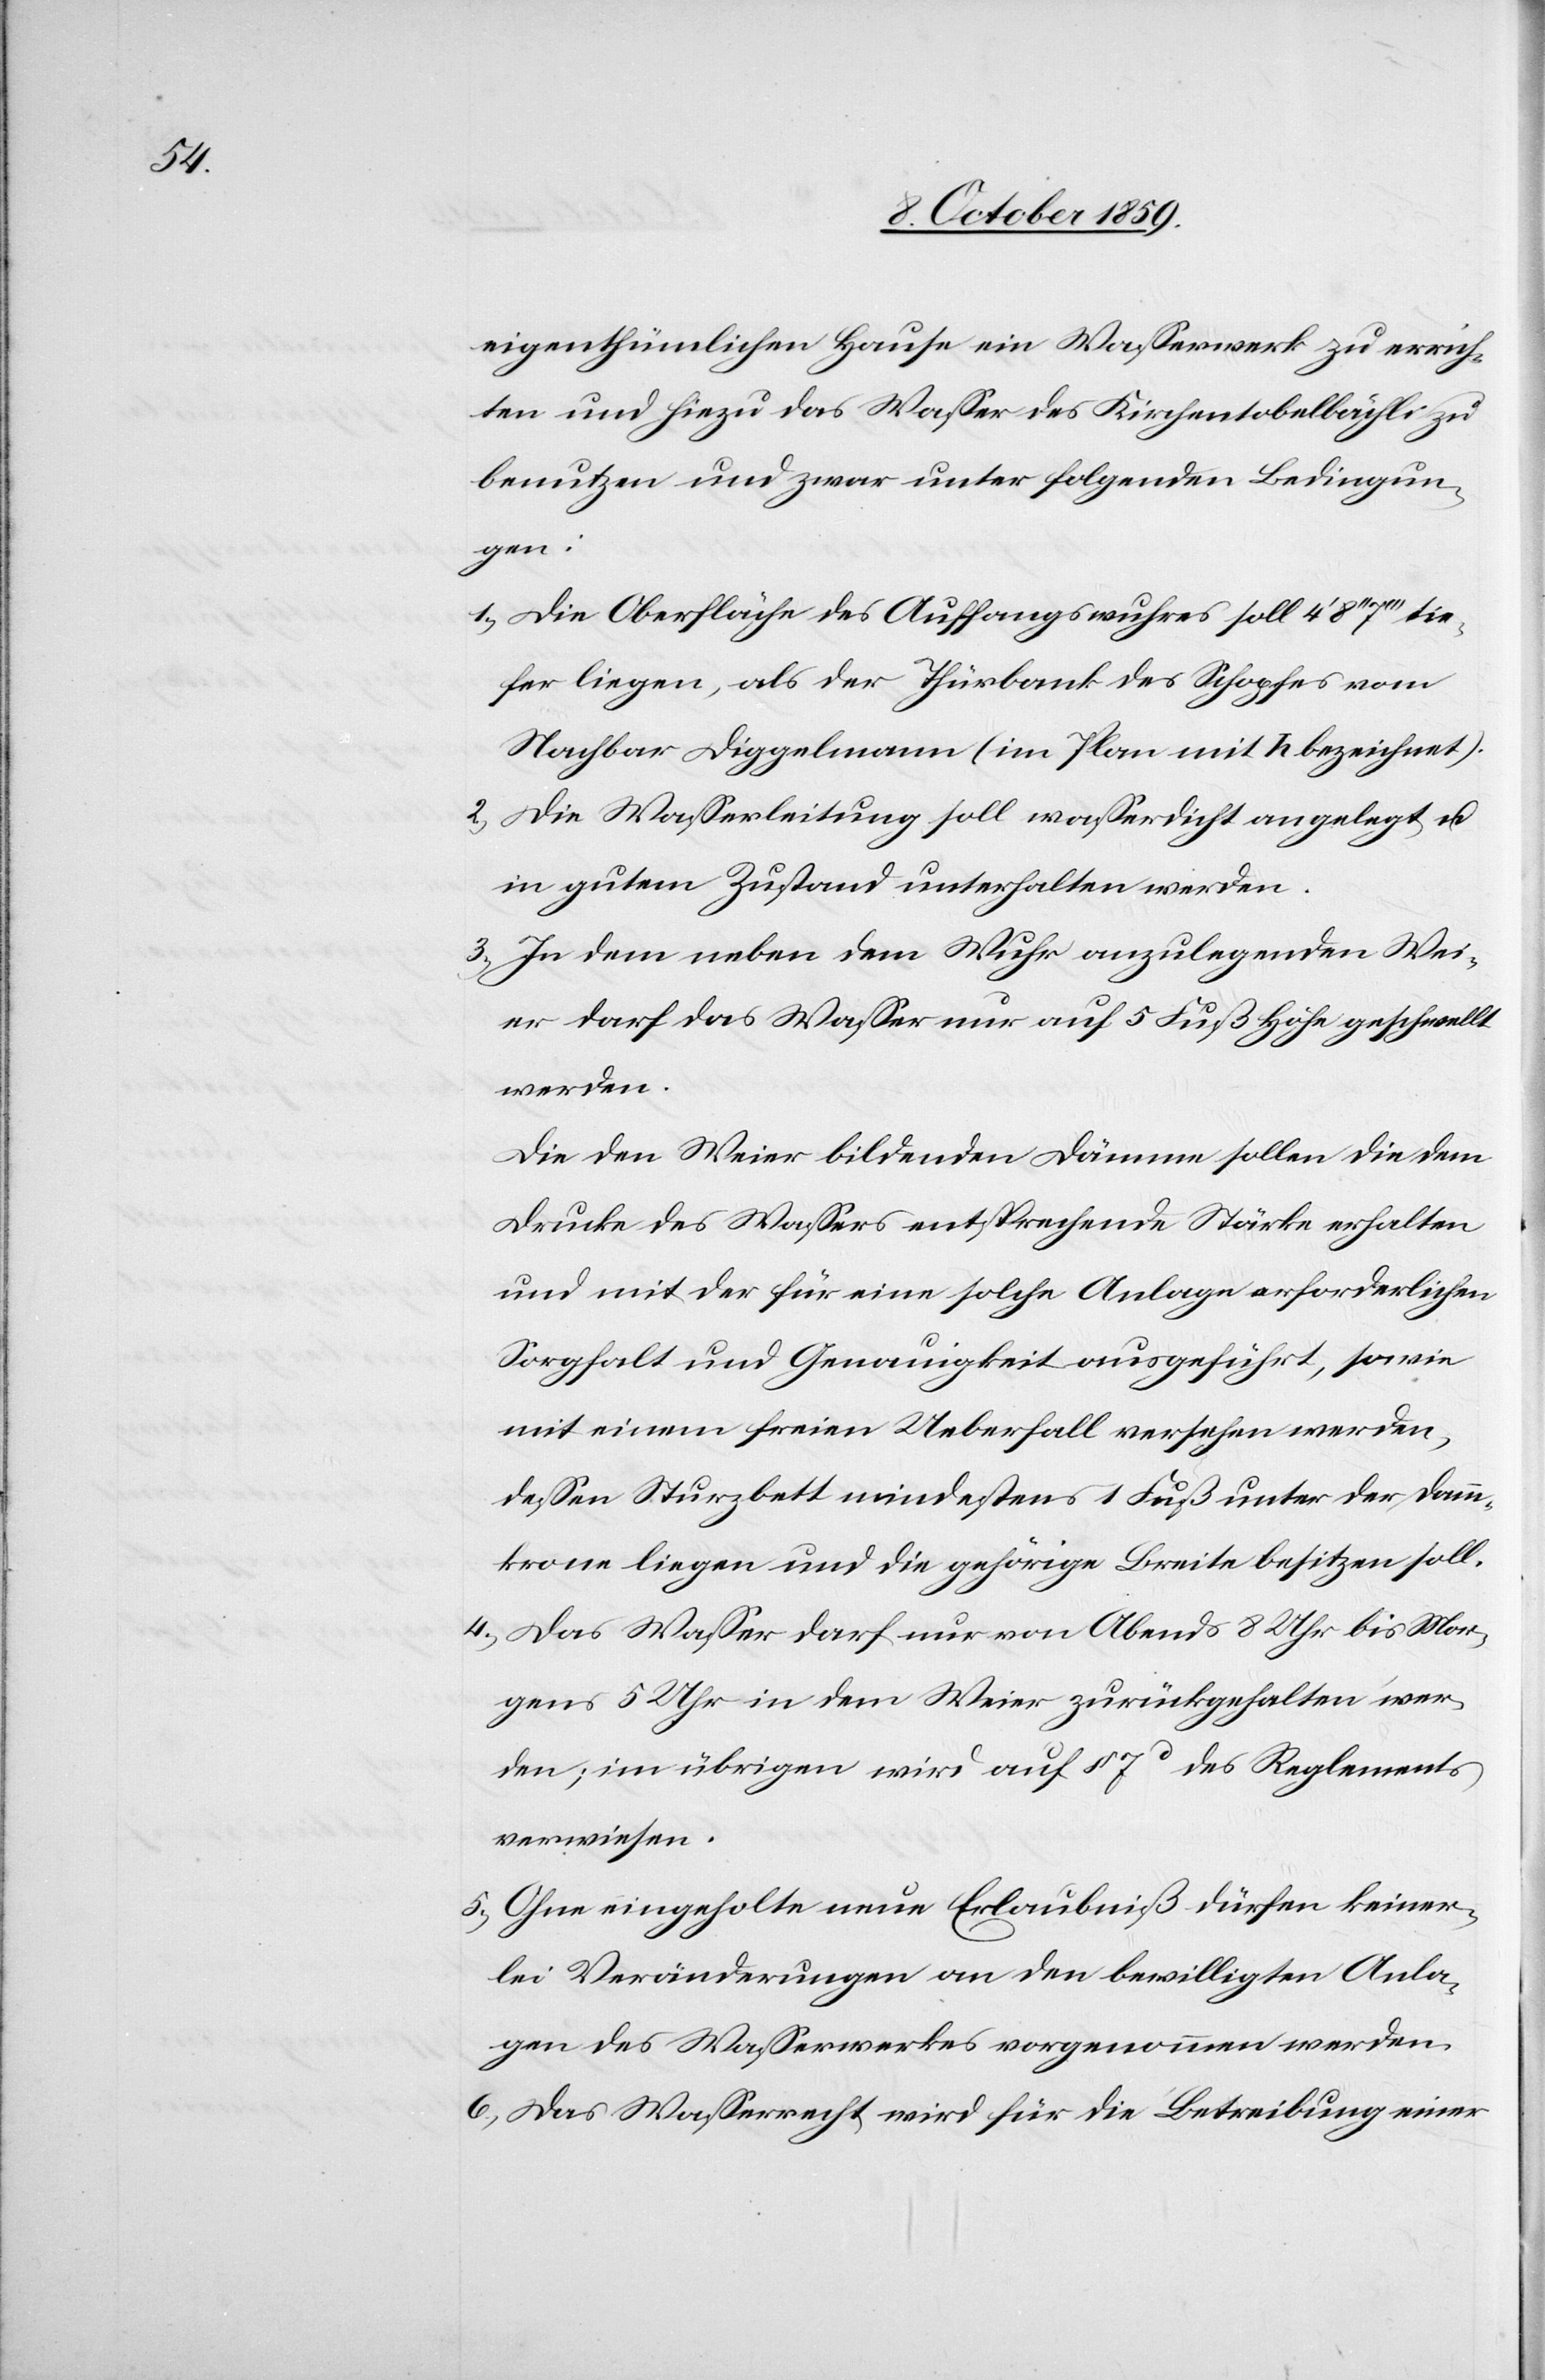
eigenthümlichen Hause ein Wasserwerk zu errich¬
ten und hinzu das Wasser des Kirchentobelbächli zu
benutzen und zwar unter folgenden Bedingun¬
gen:
1.) Die Oberfläche des Auffangwuhres soll 4'
tiefer liegen, als der Thürbank des Schopfes vom
Nachbar Diggelmann (im Plan mit h bezeichnet).
2.) Die Wasserleitung soll wasserdicht angelegt u.
in gutem Zustand unterhalten werden.
3.) In dem neben dem Wuhr anzulegenden Wei¬
er darf das Wasser nur auf 5 Fuß Höhe geschwellt
werden.
Die den Weier bildenden Dämme sollen die dem
Druck des Wassers entsprechende Stärke erhalten
und mit der für eine solche Anlage erforderlichen
Sorgfalt und Genauigkeit ausgeführt, sowie
mit einen freien Ueberfall versehen werden,
dessen Sturzbett mindestens 1 Fuß unter der Damm¬
krone liegen und die gehörige Breite besitzen soll.
4.) Das Wasser darf nur von Abends 8 Uhr bis Mor¬
gens 5 Uhr in dem Weier zurückgehalten wer¬
den; im übrigen wird auf § 7 des Reglements
verwiesen.
5.) Ohne eingeholte neue Erlaubniß dürfen keiner¬
lei Veränderungen an den bewilligten Anla¬
gen des Wasserwerkes vorgenommen werden.
6.) Das Wasserrecht wird für die Betreibung einer